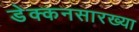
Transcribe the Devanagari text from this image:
डेक्कनसारख्या